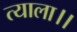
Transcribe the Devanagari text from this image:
त्याला।।